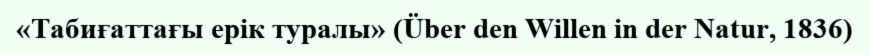
«Табиғаттағы ерік туралы» (Über den Willen in der Natur, 1836)